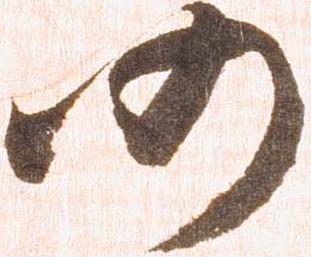
仍